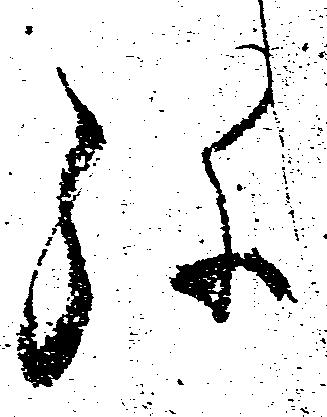
弥